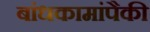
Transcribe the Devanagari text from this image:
बांधकामांपैकी